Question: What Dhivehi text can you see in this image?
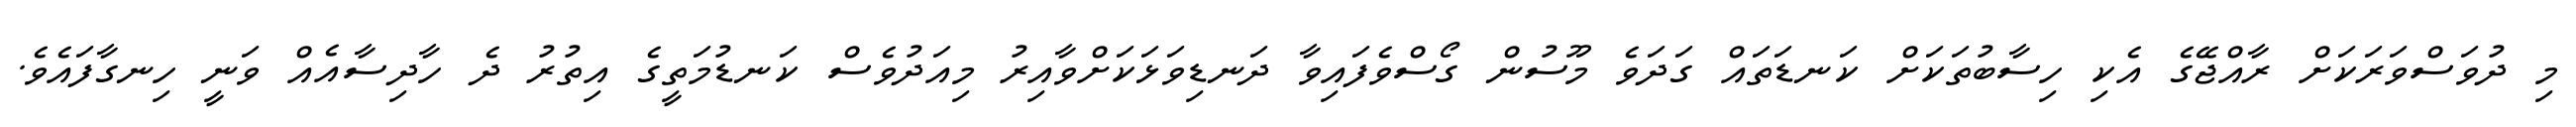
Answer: މި ދުވަސްވަރަކަށް ރާއްޖޭގެ އެކި ހިސާބުތަކަށް ކަނޑަތައް ގަދަވެ މޫސުން ގޯސްވެފައިވާ ދަނޑިވަޅަކަށްވާއިރު މިއަދުވެސް ކަނޑުމަތީގެ އިތުރު ދެ ހާދިސާއެއް ވަނީ ހިނގާފައެވެ.